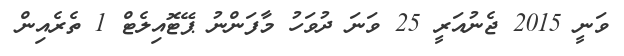
ވަނީ 2015 ޖެނުއަރީ 25 ވަނަ ދުވަހު މާފަންނު ޕޭޓޮއިލެޓް 1 ތެރެއިން